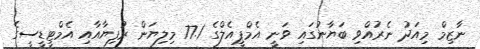
ނާޒިމް މިއަދު ނެރުއްވި ބަޔާނުގައި ވަނީ އެމްޕީއެލްގެ 77.1 މިލިޔަން ރުފިޔާއާއި އެމްޓީޑީސީގެ